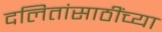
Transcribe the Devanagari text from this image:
दलितांसाठींच्या